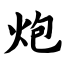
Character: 炮